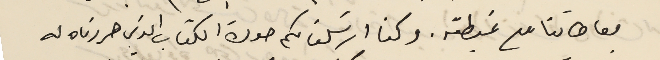
معاطاتنا مع غبطته. وكنا ارسَلنا لكم صورة الكتاب الذي حررناه له